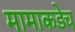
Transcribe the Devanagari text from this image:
मामाकडेच